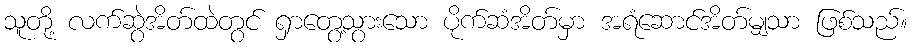
သူတို့ လက်ဆွဲအိတ်ထဲတွင် ရှာတွေ့သွားသော ပိုက်ဆံအိတ်မှာ အရံဆောင်အိတ်မျှသာ ဖြစ်သည်။